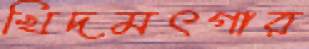
খিদমৎগার